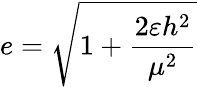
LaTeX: e={\sqrt{1+{\frac{2\varepsilon h^{2}}{\mu^{2}}}}}